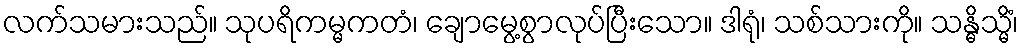
လက်သမားသည်။ သုပရိကမ္မကတံ၊ ချောမွေ့စွာလုပ်ပြီးသော။ ဒါရုံ၊ သစ်သားကို။ သန္ဓိသ္မိံ၊